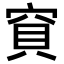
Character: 𥦎